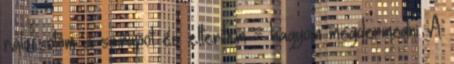
rálocsolom a szirupot és elterítem - hagyom megdermedni. A